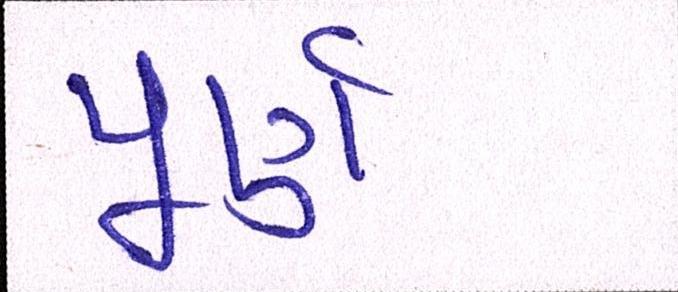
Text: પૂર્ણ